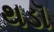
થડૉ